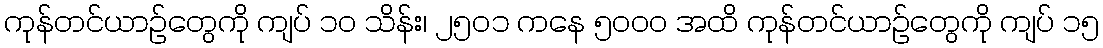
ကုန်တင်ယာဉ်တွေကို ကျပ် ၁ဝ သိန်း၊ ၂၅ဝ၁ ကနေ ၅ဝဝဝ အထိ ကုန်တင်ယာဉ်တွေကို ကျပ် ၁၅